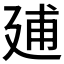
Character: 𢌠